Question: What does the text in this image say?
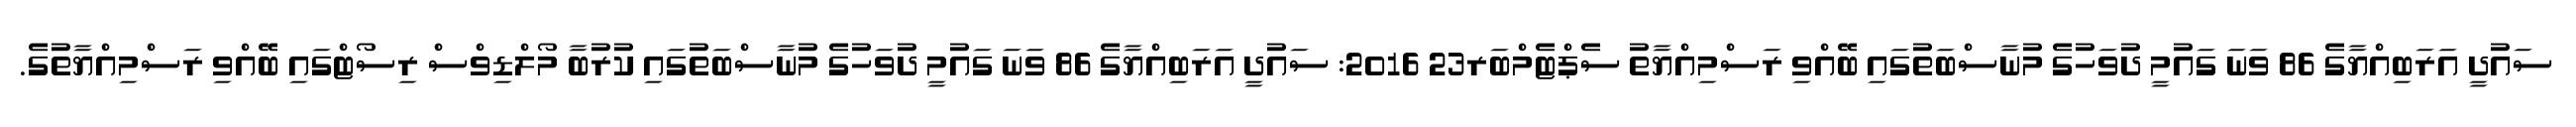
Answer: ސައުދީ އަރަބިއްޔާގެ 86 ވަނަ ގައުމީ ދުވަހުގެ މުނާސްބަތުގައި ބޭއްވި ރަސްމިއްޔާތު ސެޕްޓެމްބަރ23 2016: ސައުދީ އަރަބިއްޔާގެ 86 ވަނަ ގައުމީ ދުވަހުގެ މުނާސްބަތުގައި ކުރުބާ މޯލްޑިވްސް ރިސޯޓްގައި ބޭއްވި ރަސްމިއްޔާތުގެ.